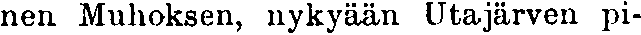
nen Muhoksen, nykyään Utajärven pi-